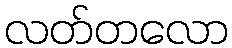
လတ်တလော